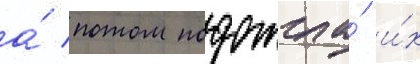
а́ потом подожгла́ и́х